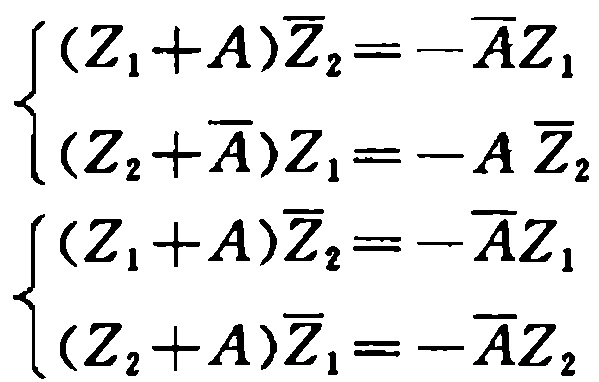
\[\begin{cases}
(Z_1 + A)\overline{Z}_2 = -\overline{A}Z_1\\
(Z_2+\overline{A})Z_1=-A\overline{Z}_2
\end{cases}\]
\[\begin{cases}
(Z_1 + A)\overline{Z}_2 = -\overline{A}Z_1\\
(Z_2 + A)\overline{Z}_1 = -\overline{A}Z_2
\end{cases}\]